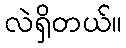
လဲရှိတယ်။